Assam Mental Hospital (Tezpur, India) - 1933-1948
Year: 1933
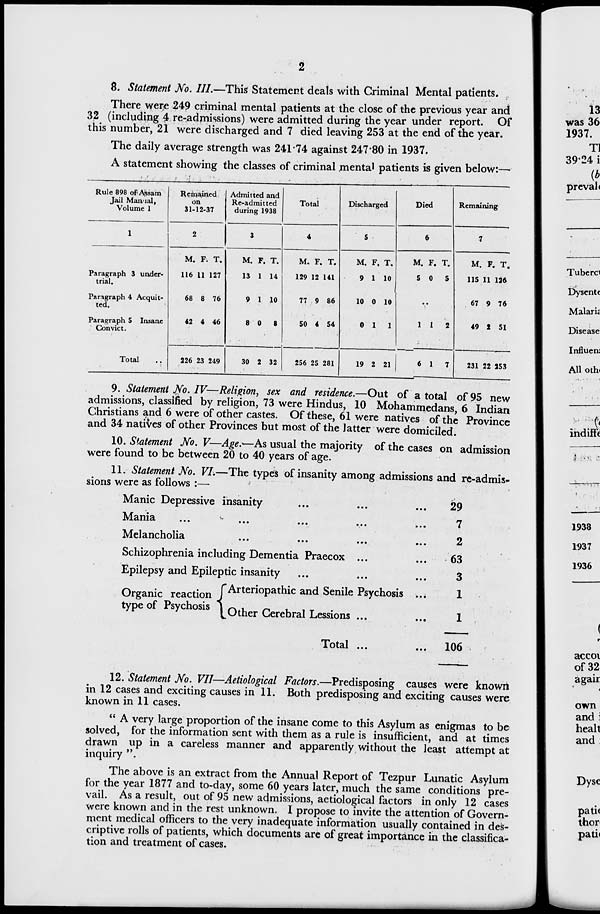
2
8. Statement No. III.—This Statement deals with Criminal Mental patients.
There were 249 criminal mental patients at the close of the previous year and
32 (including 4 re-admissions) were admitted during the year under report. Of
this number, 21 were discharged and 7 died leaving 253 at the end of the year.
The daily average strength was 241.74 against 247.80 in 1937.
A statement showing the classes of criminal mental patients is given below:—
Rule 898 of Assam
Jail Manual,
Volume 1
1
Paragraph 3 under-
trial.
Paragraph 4 Acquit-
ted.
Paragraph 5 Insane
Convict.
Total ..
Remained
on
31-12-37
2
M.
116
68
42
226
F.
11
8
4
23
T.
127
76
46
249
Admitted and
Re-admitted
during 1938
3
M.
13
9
8
30
F.
1
1
0
2
T.
14
10
8
32
Total
4
M.
129
77
50
256
F.
12
9
4
25
T.
141
86
54
281
Discharged
5
M.
9
10
0
19
F.
1
0
1
2
T.
10
10
1
21
Died
6
M.
5
F.
0
T.
5
..
1
6
1
1
2
7
Remaining
7
M.
115
67
49
231
F.
11
9
2
22
T.
126
76
51
253
9. Statement No. IV—Religion, sex and residence.—Out of a total of 95 new
admissions, classified by religion, 73 were Hindus, 10 Mohammedans, 6 Indian
Christians and 6 were of other castes. Of these, 61 were natives of the Province
and 34 natives of other Provinces but most of the latter were domiciled.
10. Statement No. V—Age.—As usual the majority of the cases on admission
were found to be between 20 to 40 years of age.
11. Statement No. VI.—The types of insanity among admissions and re-admis-
sions were as follows :—
Manic Depressive insanity ... ... ...
Mania ... ... ... ... ...
Melancholia ... ... ... ...
Schizophrenia including Dementia Praecox
...
...
Epilepsy and Epileptic insanity ... ... ...
Organic reaction
type of Psychosis
Arteriopathic and Senile Psychosis ...
Other Cerebral Lessions
...
...
Total ... ...
29
7
2
63
3
1
1
106
12. Statement No. VII—Aetiological Factors.—Predisposing causes were known
in 12 cases and exciting causes in 11. Both predisposing and exciting causes were
known in 11 cases.
" A very large proportion of the insane come to this Asylum as enigmas to be
solved, for the information sent with them as a rule is insufficient, and at times
drawn up in a careless manner and apparently without the least attempt at
inquiry ".
The above is an extract from the Annual Report of Tezpur Lunatic Asylum
for the year 1877 and to-day, some 60 years later, much the same conditions pre-
vail. As a result, out of 95 new admissions, aetiological factors in only 12 cases
were known and in the rest unknown. I propose to invite the attention of Govern-
ment medical officers to the very inadequate information usually contained in des-
criptive rolls of patients, which documents are of great importance in the classifica-
tion and treatment of cases.